画像に写った文字を読んでください
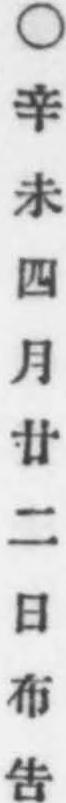
「○辛未四月廿二日布吿」と書いてあります